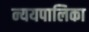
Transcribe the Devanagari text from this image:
न्ययपालिका